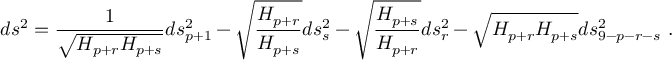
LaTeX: d s ^ { 2 } = { \frac { 1 } { \sqrt { H _ { p + r } H _ { p + s } } } } d s _ { p + 1 } ^ { 2 } - \sqrt { { \frac { H _ { p + r } } { H _ { p + s } } } } d s _ { s } ^ { 2 } - \sqrt { { \frac { H _ { p + s } } { H _ { p + r } } } } d s _ { r } ^ { 2 } - \sqrt { H _ { p + r } H _ { p + s } } d s _ { 9 - p - r - s } ^ { 2 } \ .